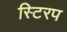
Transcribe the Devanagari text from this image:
स्टिरप